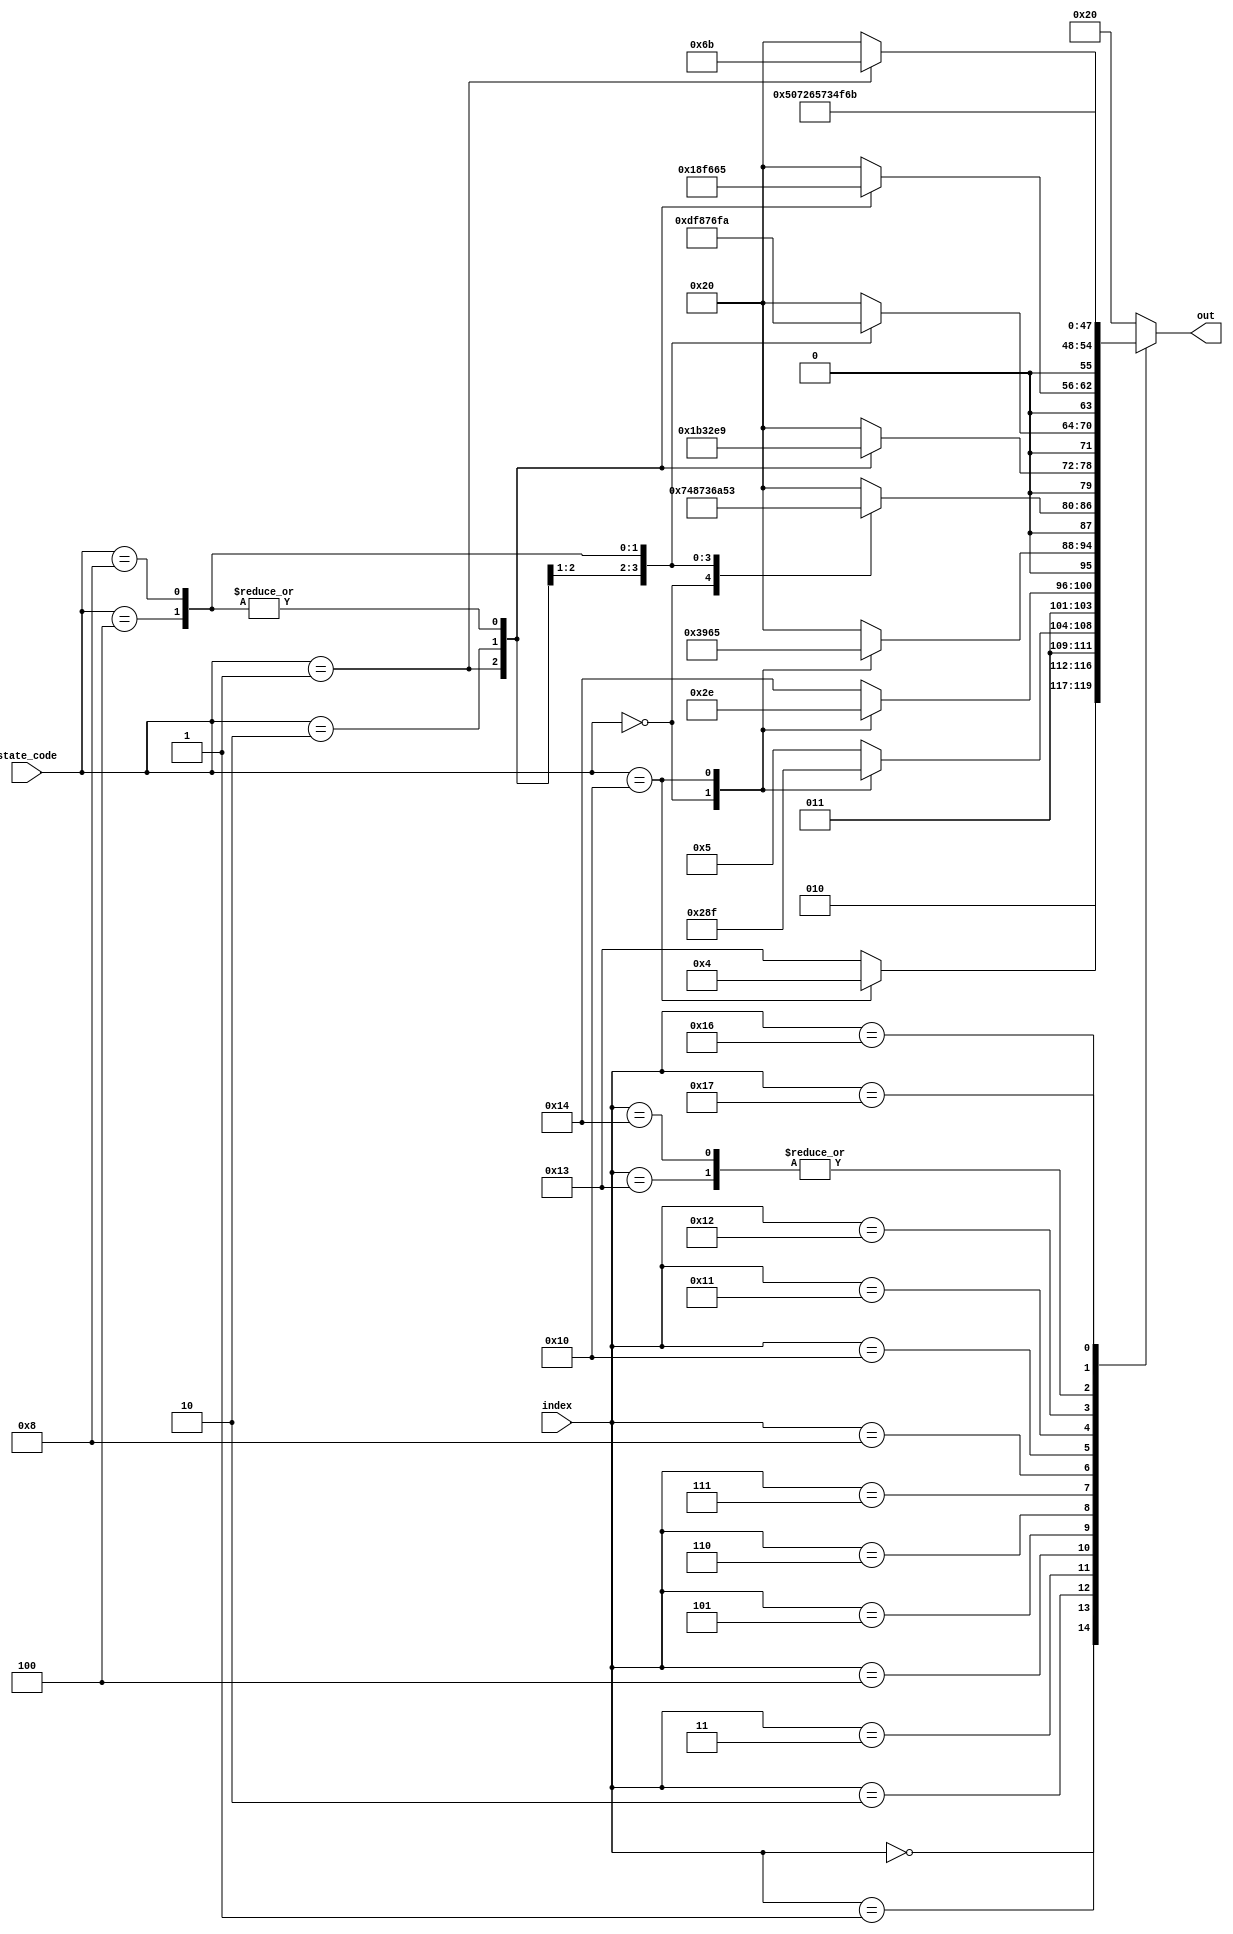
module LCD_display_string(index,out,state_code);
input [4:0] index;
input [4:0] state_code;
output [7:0] out;
reg [7:0] out;
// ASCII hex values for LCD Display
// Line 1
   always 
     case (index)
	5'h00: case (state_code)
			 5'b10000: out <= 8'h44;//D
			 default: out <= 8'h53;//S
			 endcase
	5'h01: case (state_code)
			 5'b00000: out <= 8'h74;//t
			 5'b10000: out <= 8'h6F;//o
			 default: out <= 8'h65;//e
			 endcase
	5'h02: case (state_code)
			 5'b00000: out <= 8'h61;//a
			 5'b10000: out <= 8'h6E;//n
			 default: out <= 8'h74;//t
			 endcase
	5'h03: case (state_code)
			 5'b00000: out <= 8'h72;//r
			 5'b10000: out <= 8'h65;//e
			 default: out <= 8'h20;//sp
			 endcase
	5'h04: case (state_code)
			 5'b00000: out <= 8'h74;//t
			 5'b00001: out <= 8'h43;//C
			 5'b00010: out <= 8'h4D;//M
			 5'b00100: out <= 8'h54;//T
			 5'b01000: out <= 8'h53;//S
			 5'b10000: out <= 8'h20;//sp
			 default: out <= 8'h20;//sp
			 endcase
	5'h05: case (state_code)
			 5'b00001: out <= 8'h6C;//l
			 5'b00010: out <= 8'h65;//e
			 5'b00100: out <= 8'h69;//i
			 5'b01000: out <= 8'h69;//i
			 default: out <= 8'h20;//sp
			 endcase
	5'h06: case (state_code)
			 5'b00001: out <= 8'h6F;//o
			 5'b00010: out <= 8'h61;//a
			 5'b00100: out <= 8'h6D;//m
			 5'b01000: out <= 8'h7A;//z
			 default: out <= 8'h20;//sp
			 endcase
	5'h07: case (state_code)
			 5'b00001: out <= 8'h63;//l
			 5'b00010: out <= 8'h6C;//l
			 5'b00100: out <= 8'h65;//e
			 5'b01000: out <= 8'h65;//e
			 default: out <= 8'h20;//sp
			 endcase
	5'h08: case (state_code)
			 5'b00001: out <= 8'h6B;//k
			 default: out <= 8'h20;//sp
			 endcase
	// Line 2
	5'h10: out <= 8'h50;//P
	5'h11: out <= 8'h72;//r
	5'h12: out <= 8'h65;//e
	5'h13: out <= 8'h73;//s
	5'h14: out <= 8'h73;//s
	5'h15: out <= 8'h20;//sp
	5'h16: out <= 8'h4F;//O
	5'h17: out <= 8'h6B;//k
	default: out <= 8'h20;
   endcase
endmodule